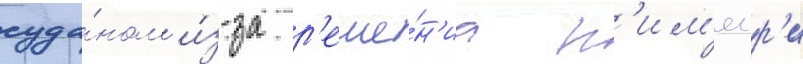
суда́ном и́з-за р'еше́н'иа н'им'еир'и